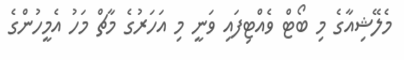
މެލޭޝިއާގެ މި ބޯޓް ވެއްޓިފައި ވަނީ މި އަހަރުގެ މާޗް މަހު އެމީހުންގެ